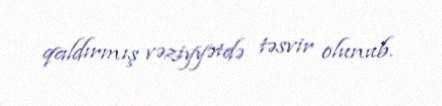
qaldırmış vəziyyətdə təsvir olunub.